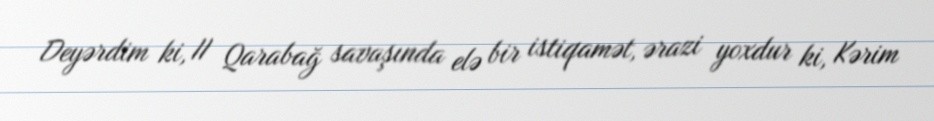
Deyərdim ki, II Qarabağ savaşında elə bir istiqamət, ərazi yoxdur ki, Kərim